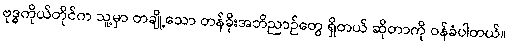
ဗုဒ္ဓကိုယ်တိုင်က သူ့မှာ တချို့သော တန်ခိုးအဘိညာဉ်တွေ ရှိတယ် ဆိုတာကို ဝန်ခံပါတယ်။